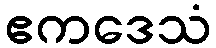
ဧကဒေသံ